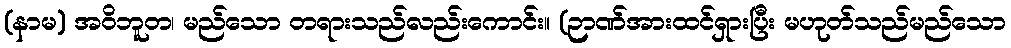
(နာမ) အဝိဘူတ၊ မည်သော တရားသည်လည်းကောင်း။ (ဉာဏ်အားထင်ရှားပြီး မဟုတ်သည်မည်သော